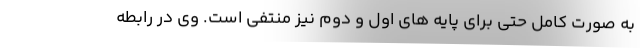
به صورت کامل حتی برای پایه های اول و دوم نیز منتفی است. وی در رابطه